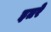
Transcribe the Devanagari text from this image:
इतरे